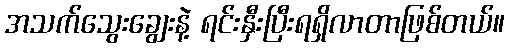
အသက်သွေးချွေးနဲ့ ရင်းနှီးပြီးရရှိလာတာဖြစ်တယ်။